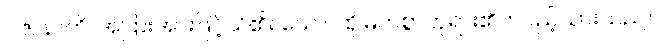
ပဇာနာတိ၊ အပြားအားဖြင့်သိ၏။ သော၊ ထိုမြတ်စွာဘုရား၏တပည့်သားသည်။